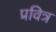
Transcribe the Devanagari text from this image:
प्रवित्र